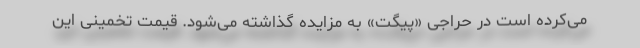
می‌کرده است در حراجی «پیگت» به مزایده گذاشته می‌شود. قیمت تخمینی این